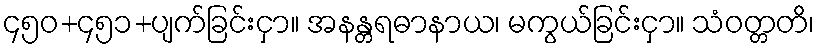
၄၅၀+၄၅၁+ပျက်ခြင်းငှာ။ အနန္တရဓာနာယ၊ မကွယ်ခြင်းငှာ။ သံဝတ္တတိ၊